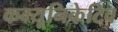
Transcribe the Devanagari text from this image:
कम्यूनिकेटिव